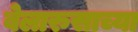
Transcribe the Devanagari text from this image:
बेलारुसाच्या